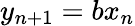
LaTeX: y_{n+1}=bx_{n}